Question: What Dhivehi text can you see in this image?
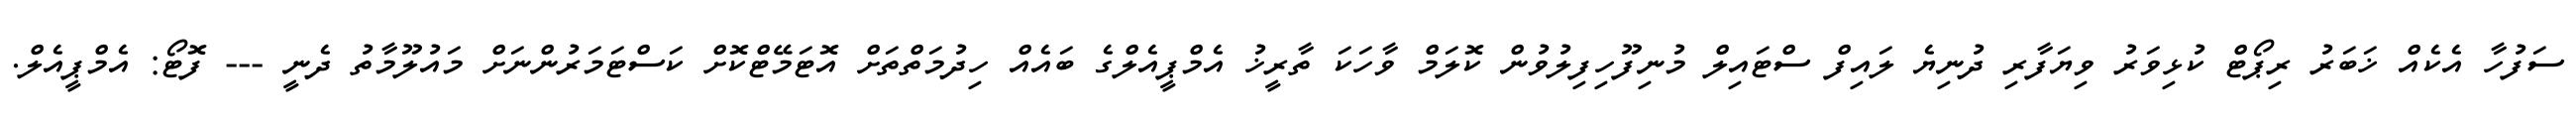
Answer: ސަފުހާ އެކެއް ޚަބަރު ރިޕޯޓް ކުޅިވަރު ވިޔަފާރި ދުނިޔެ ލައިފް ސްޓައިލް މުނިފޫހިފިލުވުން ކޮލަމް ވާހަކަ ތާރީޚު އެމްޕީއެލްގެ ބައެއް ހިދުމަތްތަށް އޮޓަމޭޓްކޮށް ކަސްޓަމަރުންނަށް މައުލޫމާތު ދެނީ --- ފޮޓޯ: އެމްޕީއެލް.